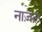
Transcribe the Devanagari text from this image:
नाज़ल